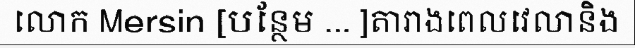
លោក Mersin [បន្ថែម ... ]តារាងពេលវេលានិង